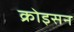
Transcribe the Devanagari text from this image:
क्रोइसन